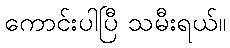
ကောင်းပါပြီ သမီးရယ်။